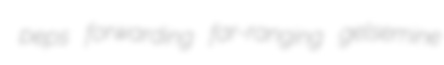
peps forwarding far-ranging gelsemine